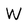
Character: W